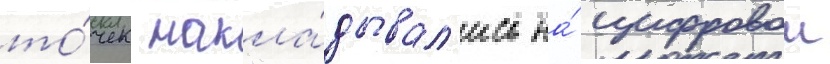
то́чек накла́дывал'ись на́ цифровои